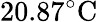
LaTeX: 20.87^{\circ}\mathrm{C}